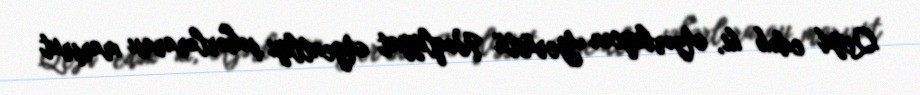
Qeyd edək ki, Azərbaycan Yerüstü Nəqliyyat Agentliyi şəhərlərarası marşrut